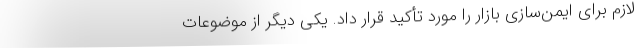
لازم برای ایمن‌سازی بازار را مورد تأکید قرار داد. یکی دیگر از موضوعات